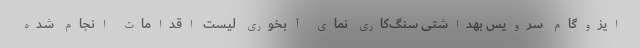
ایزوگام سرویس بهداشتی سنگ‌کاری نمای آبخوری لیست اقدامات انجام شده